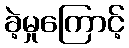
ခဲ့မှုကြောင့်